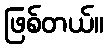
ဖြစ်တယ်။